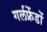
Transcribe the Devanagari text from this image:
गर्लफ्रेंडों